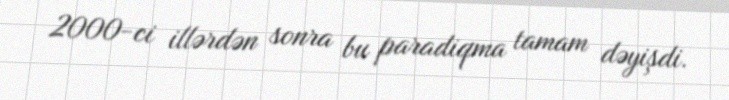
2000-ci illərdən sonra bu paradiqma tamam dəyişdi.